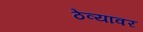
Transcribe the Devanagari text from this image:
ठेव्यावर